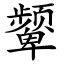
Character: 颦